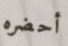
أحضره